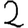
Digit: 2